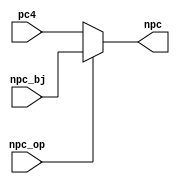

module NPC(
    input [31:0] pc4,
    input [31:0] npc_bj, // pc+imm(branch/jal) or aluc&-1(jalr)
    input npc_op,
    output [31:0] npc
    );

    assign npc = (npc_op == 1'b0) ? pc4 : npc_bj;

endmodule